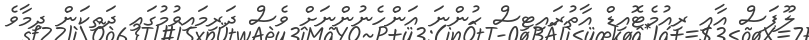
ލޫޕަސް އާއި ރިއުމެޓޮއިޑް އާތުރައިޓިސް ހުންނަ އަންހެނުންނަށް ވެސް ދަރިމައިވުމުގައި ދަތިކަން ދިމާވެ